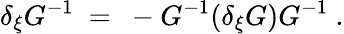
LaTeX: \delta_{\xi}G^{-1}\ =\ -G^{-1}(\delta_{\xi}G)G^{-1}\ .